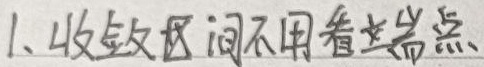
1. 收敛区间不用看端点